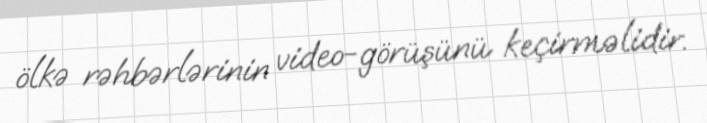
ölkə rəhbərlərinin video-görüşünü keçirməlidir.